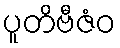
ပူတိဗီဇံဝ